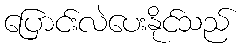
ပြောင်းလဲပေးနိုင်သည်